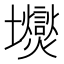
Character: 𱘛